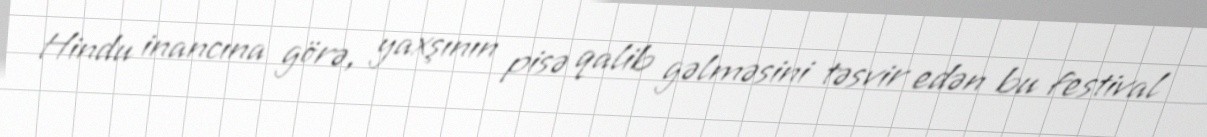
Hindu inancına görə, yaxşının pisə qalib gəlməsini təsvir edən bu festival